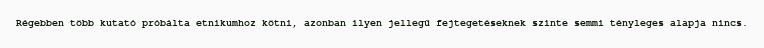
Régebben több kutató próbálta etnikumhoz kötni, azonban ilyen jellegű fejtegetéseknek szinte semmi tényleges alapja nincs.